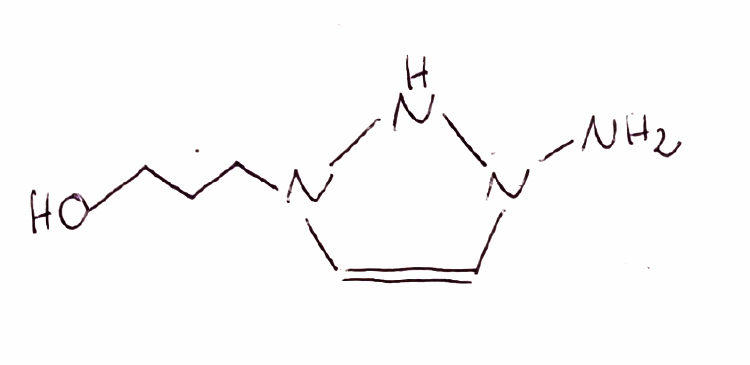
Simplified molecular-input line-entry system (SMILES) notation of the given molecule:
C1=CN(NN1CCCO)N